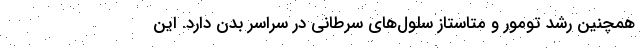
همچنین رشد تومور و متاستاز سلول‌های سرطانی در سراسر بدن دارد. این